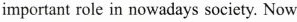
important role in nowadays society. Now